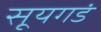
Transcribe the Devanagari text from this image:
सूयगडं